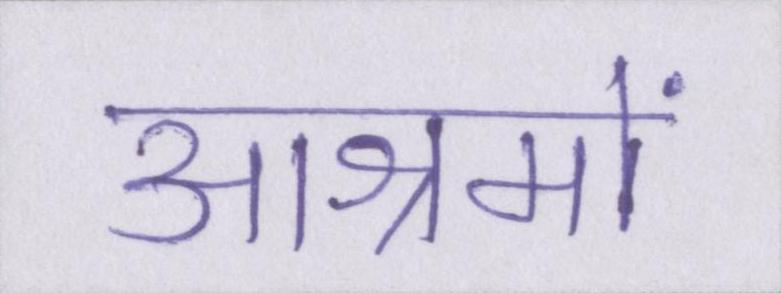
आश्रमों